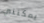
يمكنني